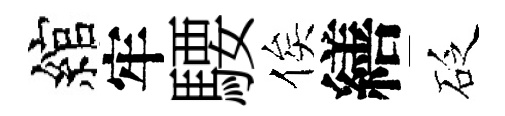
綰牢騕俟繕砭